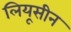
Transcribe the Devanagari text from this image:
लियूसीन